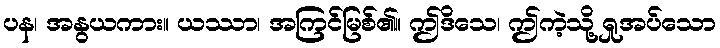
ပန၊ အနွယကား။ ယဿာ၊ အကြင်မြစ်၏။ ဤဒိသေ၊ ဤကဲ့သို့ ရှုအပ်သော